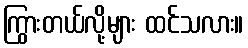
ကြွားတယ်လို့များ ထင်သလား။